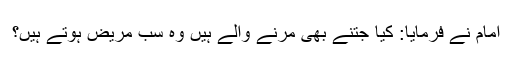
امام نے فرمایا: کیا جتنے بھی مرنے والے ہیں وہ سب مریض ہوتے ہیں؟